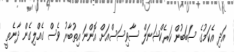
އަދި އެކަމުގެ ސަބަބުން ކަރެކްޝަނަލް ސާވިސަސްއަށް އޮންނަ އިތުބާރު ވެސް ގެއްލިގެން ދާނެތީ